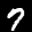
Label: 7